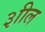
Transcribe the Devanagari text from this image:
३ाील